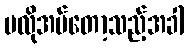
မလိုအပ်တော့သည့်အခါ